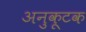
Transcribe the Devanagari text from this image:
अनुकूटक